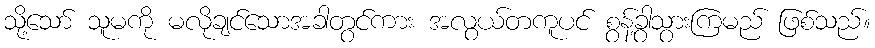
သို့သော် သူမကို မလိုချင်သောအခါတွင်ကား အလွယ်တကူပင် စွန့်ခွာသွားကြမည် ဖြစ်သည်။